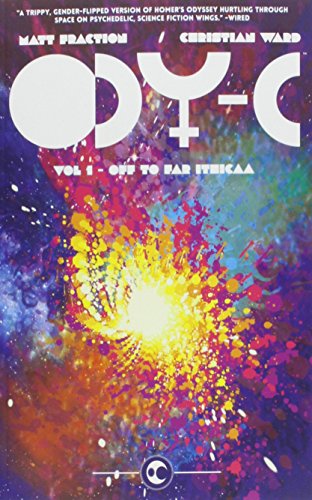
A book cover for ODY-C Volume 1 (Odyc Tp); Matt Fraction; Science Fiction & Fantasy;